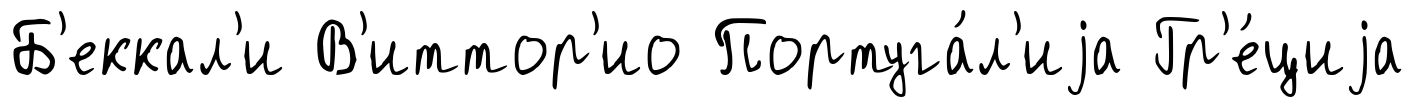
Б'еккал'и В'иттор'ио Португа́л'иjа Гр'е́циjа